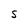
Character: S